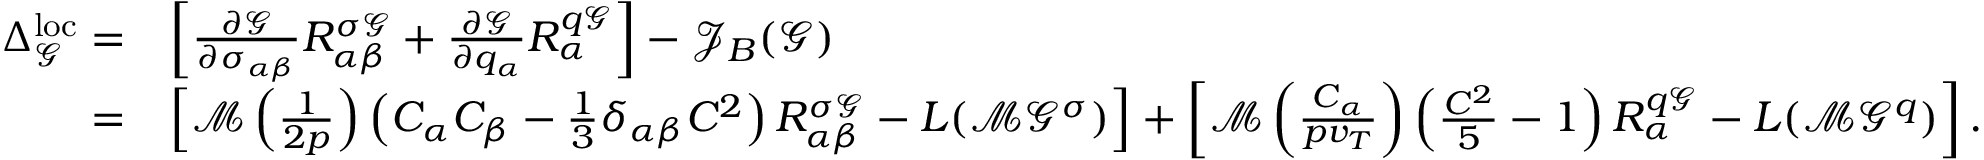
\begin{array} { r l } { \Delta _ { \mathcal { G } } ^ { \mathrm { l o c } } = } & { \left[ \frac { \partial \mathcal { G } } { \partial \sigma _ { \alpha \beta } } R _ { \alpha \beta } ^ { \sigma \mathcal { G } } + \frac { \partial \mathcal { G } } { \partial q _ { \alpha } } R _ { \alpha } ^ { q \mathcal { G } } \right] - \mathcal { J } _ { B } ( \mathcal { G } ) } \\ { = } & { \left[ \mathcal { M } \left( \frac { 1 } { 2 p } \right) \left( C _ { \alpha } C _ { \beta } - \frac { 1 } { 3 } \delta _ { \alpha \beta } C ^ { 2 } \right) R _ { \alpha \beta } ^ { \sigma \mathcal { G } } - L ( \mathcal { M } \mathcal { G } ^ { \sigma } ) \right] + \left[ \mathcal { M } \left( \frac { C _ { \alpha } } { p v _ { T } } \right) \left( \frac { C ^ { 2 } } { 5 } - 1 \right) R _ { \alpha } ^ { q \mathcal { G } } - L ( \mathcal { M } \mathcal { G } ^ { q } ) \right] . } \end{array}